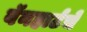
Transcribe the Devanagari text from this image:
बॅनहार्टचे